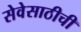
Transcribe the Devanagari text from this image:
सेवेसाठीची